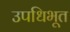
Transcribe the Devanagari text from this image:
उपधिभूत